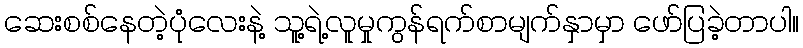
ဆေးစစ်နေတဲ့ပုံလေးနဲ့ သူ့ရဲ့လူမှုကွန်ရက်စာမျက်နှာမှာ ဖော်ပြခဲ့တာပါ။